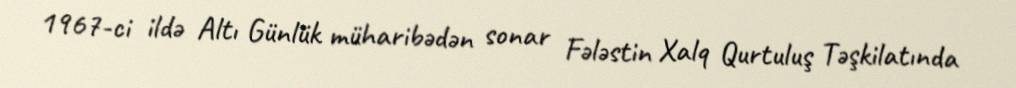
1967-ci ildə Altı Günlük müharibədən sonar Fələstin Xalq Qurtuluş Təşkilatında